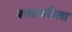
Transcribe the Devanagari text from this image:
शतावरीला